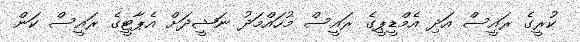
ކުރީގެ ރައީސް އަދި އެމްޑީޕީގެ ރައީސް މުހައްމަދު ނަޝީދަށް އެޕާޓީގެ ރައީސް ކަން